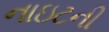
નાઇટની